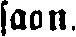
saan.